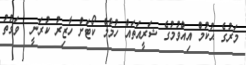
މަރުގެ ޙުކުމް އިއްވުމުގެ ޝަރީއަތައް ހުމާމް ކޯޓަށް ހާޒިރު ކުރަނީ  ވަގުތު